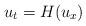
LaTeX: \begin{align*}u_t=H(u_x)\end{align*}